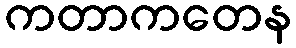
ကတာကတေန